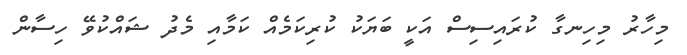
މިހާރު މިހިނގާ ކުރައިސިސް އަކީ ބަޔަކު ކުރިކަމެއް ކަމާއި މެދު ޝައްކުވޭ ހިސާން